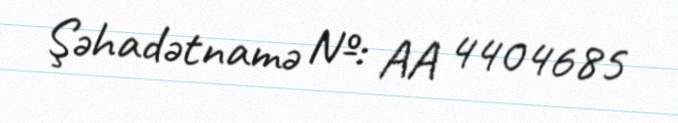
Şəhadətnamə №: AA 4404685